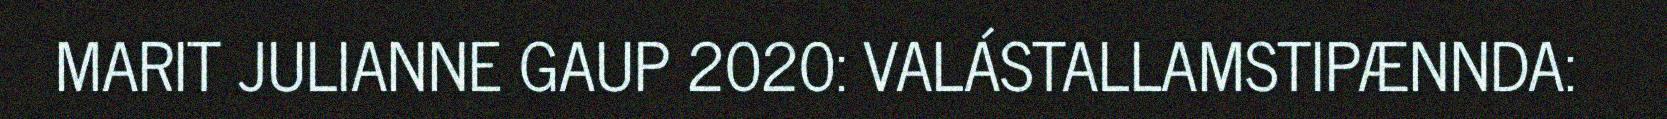
MARIT JULIANNE GAUP 2020: VALÁSTALLAMSTIPÆNNDA: